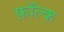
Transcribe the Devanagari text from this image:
फ़ॉल्क